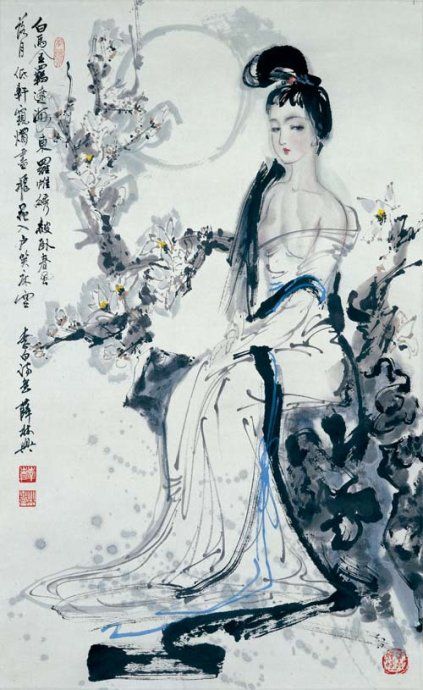
白马金羁辽海东，罗帷绣被卧春风。